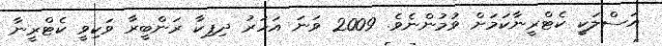
އަސްލަކީ ކެޓްރީނާކަމަށް ވުމުންނެވެ. 2009 ވަނަ އަހަރު ދިޕިކާ ރަންބީރާ ވަކިވީ ކެޓްރީނާ